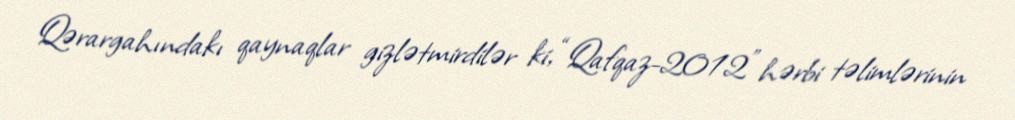
Qərargahındakı qaynaqlar gizlətmirdilər ki, “Qafqaz-2012" hərbi təlimlərinin